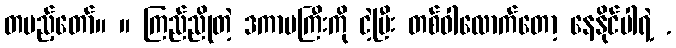
တပည့်တော်။ ။ ကြည်ညိုတဲ့ ဒကာမကြီးကို ငဲ့ပြီး တစ်ဝါလောက်တော့ နေနိုင်ပါရဲ့ .